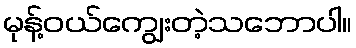
မုန့်ဝယ်ကျွေးတဲ့သဘောပါ။